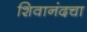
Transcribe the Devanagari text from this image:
शिवानंदचा